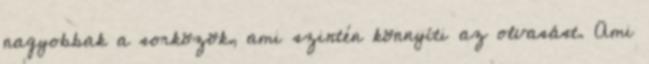
nagyobbak a sorközök, ami szintén könnyíti az olvasást. Ami